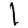
Digit: 1